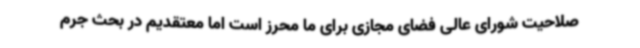
صلاحیت شورای عالی فضای مجازی برای ما محرز است اما معتقدیم در بحث جرم